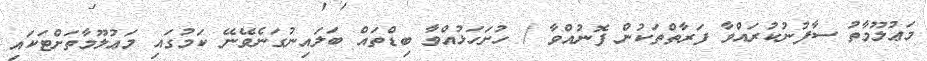
މަޢުލޫމާތު ސާފުނުކުރައްވާ ފަރާތްތަކުން ފޮނުއްވާ / ހުށަހަޅުއްވާ ބިޑްތައް ބަލައިނުގަނެވޭނޭ ކަމުގައި މަޢުލޫމާތަށްޓަކައި